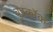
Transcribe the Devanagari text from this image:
वुडकॉक